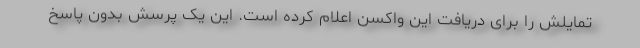
تمایلش را برای دریافت این واکسن اعلام کرده است. این یک پرسش بدون پاسخ